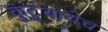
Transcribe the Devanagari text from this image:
कुटुंबाचेच